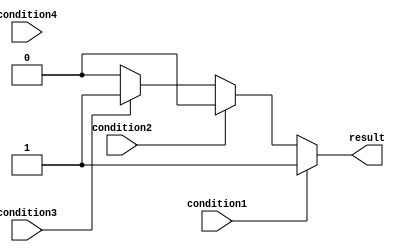
module priority_case_statement (
    input wire condition1,
    input wire condition2,
    input wire condition3,
    input wire condition4,
    output wire result
);

always @*begin
    if(condition1) begin
        // block of code for condition1
        result = 1;
    end
    else if(condition2) begin
        // block of code for condition2
        result = 2;
    end
    else if(condition3) begin
        // block of code for condition3
        result = 3;
    end
    else if(condition4) begin
        // block of code for condition4
        result = 4;
    end
    else begin
        // default block of code
        result = 0;
    end
end

endmodule